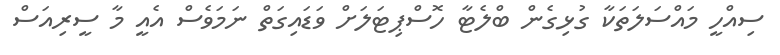
ސިއްހީ މައްސަލަތަކާ ގުޅިގެން ބްލެޓާ ހޮސްޕިޓަލަށް ވަޑައިގަތް ނަމަވެސް އެއީ މާ ސީރިއަސް